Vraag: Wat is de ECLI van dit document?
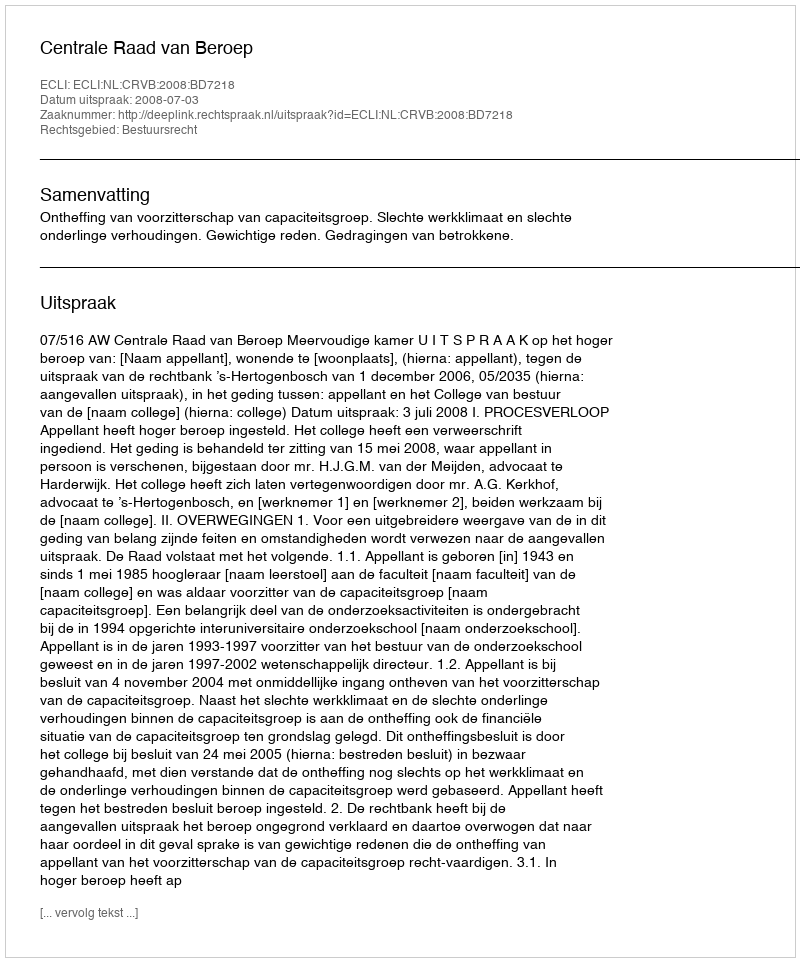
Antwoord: ECLI:NL:CRVB:2008:BD7218